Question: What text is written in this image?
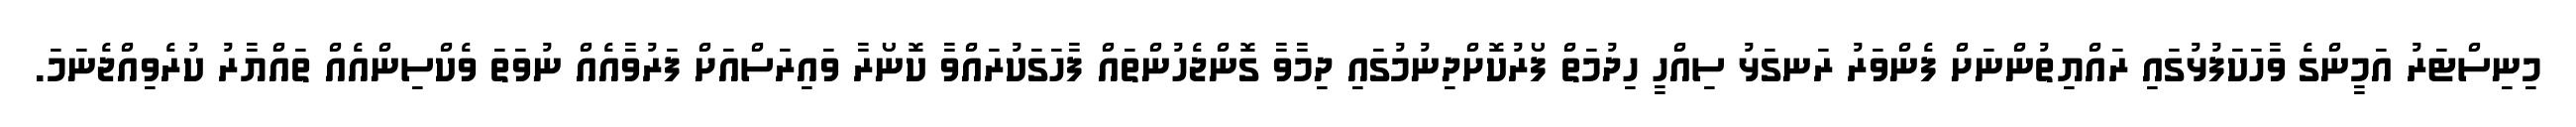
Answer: މިނިސްޓަރު އަމީންގެ ވާހަކަފުޅުގައި ރައްޔިތުންނަށް ފެންވަރު ރަނގަޅު ސިއްހީ ހިދުމަތް ފޯރުކޮށްދިނުމުގައި ދިމާވާ ގޮންޖެހުންތައް ފާހަގަކުރައްވާ ކޮނޯރާ ވައިރަސްއަށް ފަރުވާއެއް ނުވަތަ ވެކްސިންއެއް ތައްޔާރު ކުރެވިއްޖެނަމަ.